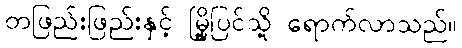
တဖြည်းဖြည်းနှင့် မြို့ပြင်သို့ ရောက်လာသည်။